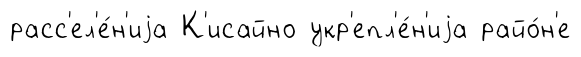
расс'ел'е́н'иjа К'исайно укр'епл'е́н'иjа райо́н'е